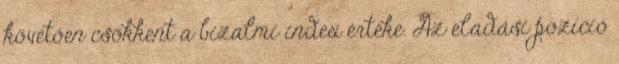
követően csökkent a bizalmi index értéke. Az eladási pozíció